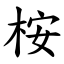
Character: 桉